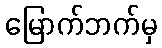
မြောက်ဘက်မှ